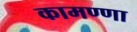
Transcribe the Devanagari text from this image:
कामण्णा